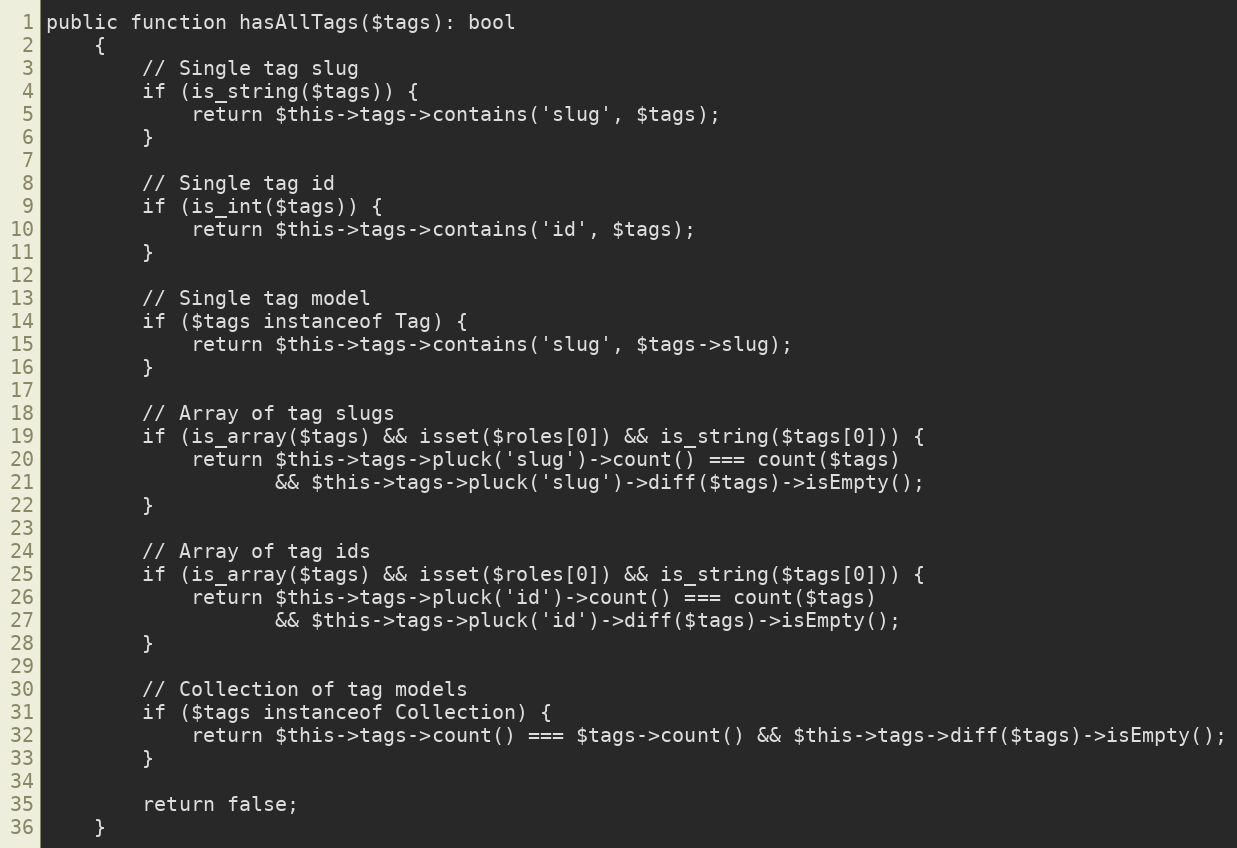
Language: PHP
public function hasAllTags($tags): bool
    {
        // Single tag slug
        if (is_string($tags)) {
            return $this->tags->contains('slug', $tags);
        }

        // Single tag id
        if (is_int($tags)) {
            return $this->tags->contains('id', $tags);
        }

        // Single tag model
        if ($tags instanceof Tag) {
            return $this->tags->contains('slug', $tags->slug);
        }

        // Array of tag slugs
        if (is_array($tags) && isset($roles[0]) && is_string($tags[0])) {
            return $this->tags->pluck('slug')->count() === count($tags)
                   && $this->tags->pluck('slug')->diff($tags)->isEmpty();
        }

        // Array of tag ids
        if (is_array($tags) && isset($roles[0]) && is_string($tags[0])) {
            return $this->tags->pluck('id')->count() === count($tags)
                   && $this->tags->pluck('id')->diff($tags)->isEmpty();
        }

        // Collection of tag models
        if ($tags instanceof Collection) {
            return $this->tags->count() === $tags->count() && $this->tags->diff($tags)->isEmpty();
        }

        return false;
    }